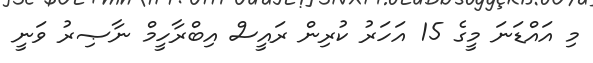
މި އައްޑަނަ މީގެ 15 އަހަރު ކުރިން ރައީސް އިބްރާހީމް ނާޞިރު ވަނީ